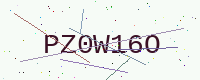
Text: PZ0W16O